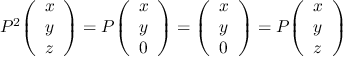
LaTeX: P ^ { 2 } { \left( \begin{array} { l } { x } \\ { y } \\ { z } \end{array} \right) } = P { \left( \begin{array} { l } { x } \\ { y } \\ { 0 } \end{array} \right) } = { \left( \begin{array} { l } { x } \\ { y } \\ { 0 } \end{array} \right) } = P { \left( \begin{array} { l } { x } \\ { y } \\ { z } \end{array} \right) }